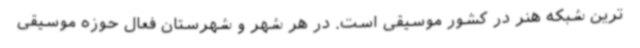
ترین شبکه هنر در کشور موسیقی است. در هر شهر و شهرستان فعال حوزه موسیقی